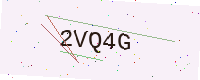
Text: 2VQ4G